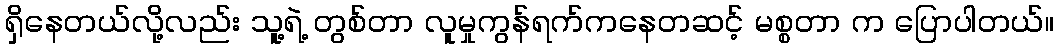
ရှိနေတယ်လို့လည်း သူ့ရဲ့ တွစ်တာ လူမှုကွန်ရက်ကနေတဆင့် မစ္စတာ က ပြောပါတယ်။